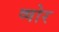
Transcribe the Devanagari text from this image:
ष्षोर